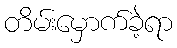
တိမ်းမှောက်ခဲ့ရာ